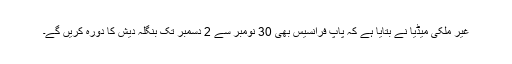
غیر ملکی میڈیا نے بتایا ہے کہ پاپ فرانسیس بھی 30 نومبر سے 2 دسمبر تک بنگلہ دیش کا دورہ کریں گے۔